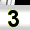
Digit: 3